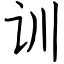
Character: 训